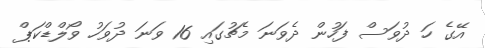
އޭގެ ހަ ދުވަސް ފަހުން ދެވަނަ މެޗުގައި 16 ވަނަ ދުވަހު ވޯލްޑްކަޕް